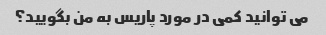
می توانید کمی در مورد پاریس به من بگویید؟